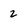
Character: 2